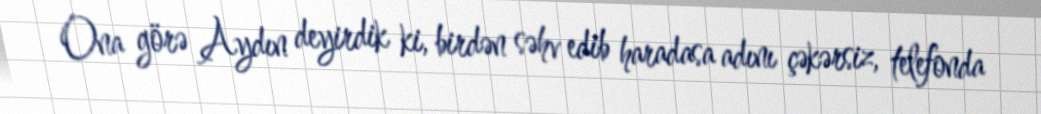
Ona görə Aydın deyirdik ki, birdən səhv edib haradasa adını çəkərsiz, telefonda